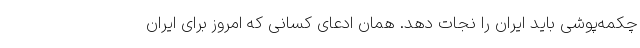
چکمه‌پوشی باید ایران را نجات دهد. همان ادعای کسانی که امروز برای ایران